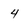
Character: 4